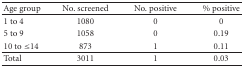
<table><thead><tr><td><b>Age group</b></td><td><b>No. screened</b></td><td><b>No. positive</b></td><td><b>% positive</b></td></tr></thead><tbody><tr><td>1 to 4</td><td>1080</td><td>0</td><td>0</td></tr><tr><td>5 to 9</td><td>1058</td><td>0</td><td>0.19</td></tr><tr><td>10 to ≤14</td><td>873</td><td>1</td><td>0.11</td></tr><tr><td>Total</td><td>3011</td><td>1</td><td>0.03</td></tr></tbody></table>